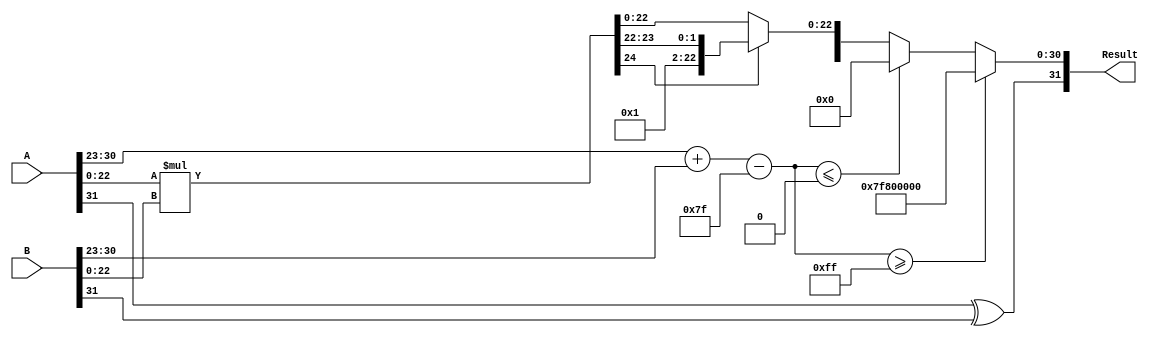
module floating_point_multiplier (
    input [31:0] A,   // First floating-point number
    input [31:0] B,   // Second floating-point number
    output reg [31:0] Result // Resulting floating-point number
);

    // Constants
    localparam BIAS = 127; // Bias for single precision
    localparam EXPONENT_BITS = 8;
    localparam MANTISSA_BITS = 23;

    // Intermediate signals
    wire signA, signB;
    wire [EXPONENT_BITS-1:0] expA, expB;
    wire [MANTISSA_BITS-1:0] mantA, mantB;
    wire [MANTISSA_BITS+1:0] mantProduct; // 46 bits for mantissa product
    wire [EXPONENT_BITS+1:0] expResult; // 9 bits to handle overflow
    wire [EXPONENT_BITS-1:0] adjustedExpResult;
    wire resultSign;

    // Extracting sign, exponent, and mantissa
    assign signA = A[31];
    assign expA = A[30:23];
    assign mantA = {1'b1, A[22:0]}; // Implicit leading 1 for normalized numbers

    assign signB = B[31];
    assign expB = B[30:23];
    assign mantB = {1'b1, B[22:0]}; // Implicit leading 1 for normalized numbers

    // Sign calculation
    assign resultSign = signA ^ signB;

    // Exponent calculation
    assign expResult = expA + expB - BIAS;

    // Mantissa multiplication
    assign mantProduct = mantA * mantB; // 24 * 24 = 48 bits

    // Normalization and rounding
    always @* begin
        if (mantProduct[MANTISSA_BITS + 1]) begin // If overflow
            Result[30:23] = expResult + 1; // Increment exponent
            Result[22:0] = mantProduct[MANTISSA_BITS + 1:MANTISSA_BITS - 1]; // Take upper 23 bits
        end else begin
            Result[30:23] = expResult; // No increment
            Result[22:0] = mantProduct[MANTISSA_BITS - 1:0]; // Lower 23 bits
        end
        // Handle underflow and overflow cases
        if (expResult >= 255) begin
            Result = {resultSign, 8'b11111111, 23'b0}; // Infinity
        end else if (expResult <= 0) begin
            Result = {resultSign, 8'b0, 23'b0}; // Zero
        end else begin
            Result = {resultSign, adjustedExpResult, Result[22:0]};
        end
    end

    // Output assembly
    always @* begin
        Result[31] = resultSign; // Set sign bit
    end

endmodule